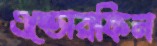
এন্ডোরফিন